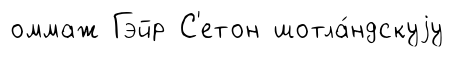
оммаж Гэйр С'етон шотла́ндскуjу